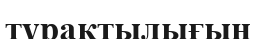
түрақтылығын